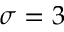
\sigma = 3